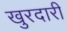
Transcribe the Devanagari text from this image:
खुरदारी